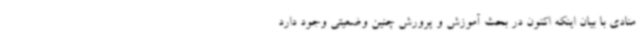
منادی با بیان اینکه اکنون در بحث آموزش و پرورش‌ چنین وضعیتی وجود دارد